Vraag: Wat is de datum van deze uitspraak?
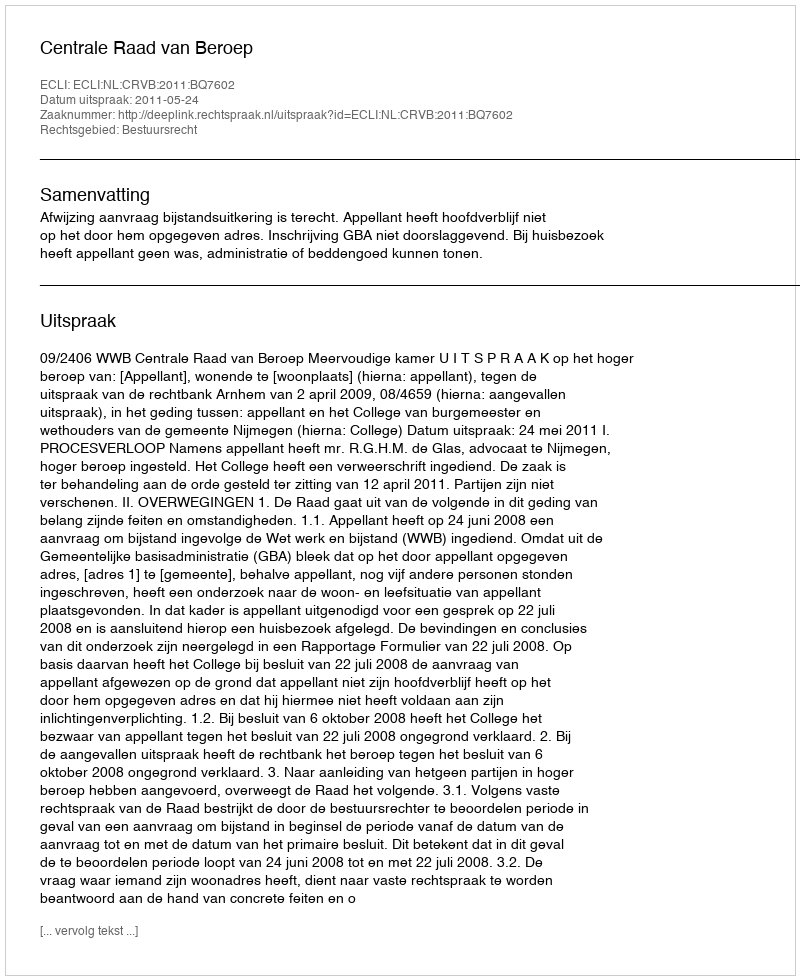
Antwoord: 2011-05-24